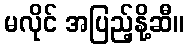
မလိုင် အပြည့်နို့ဆီ။